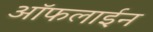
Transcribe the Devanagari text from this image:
आॅफलाईन